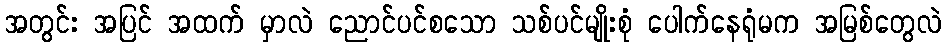
အတွင်း အပြင် အထက် မှာလဲ ညောင်ပင်စသော သစ်ပင်မျိုးစုံ ပေါက်နေရုံမက အမြစ်တွေလဲ